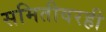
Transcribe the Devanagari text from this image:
समितीवरही